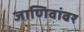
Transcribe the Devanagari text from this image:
जाणिवांवर